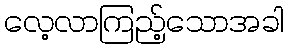
လေ့လာကြည့်သောအခါ